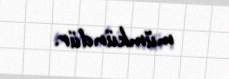
mümkündür.